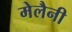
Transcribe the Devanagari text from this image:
मेलैनी